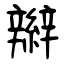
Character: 辮